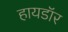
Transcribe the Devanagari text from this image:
हायडॉर